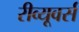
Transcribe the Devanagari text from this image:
रीव्यूवर्स